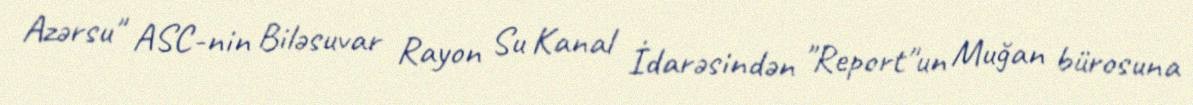
Azərsu" ASC-nin Biləsuvar Rayon Su Kanal İdarəsindən "Report"un Muğan bürosuna